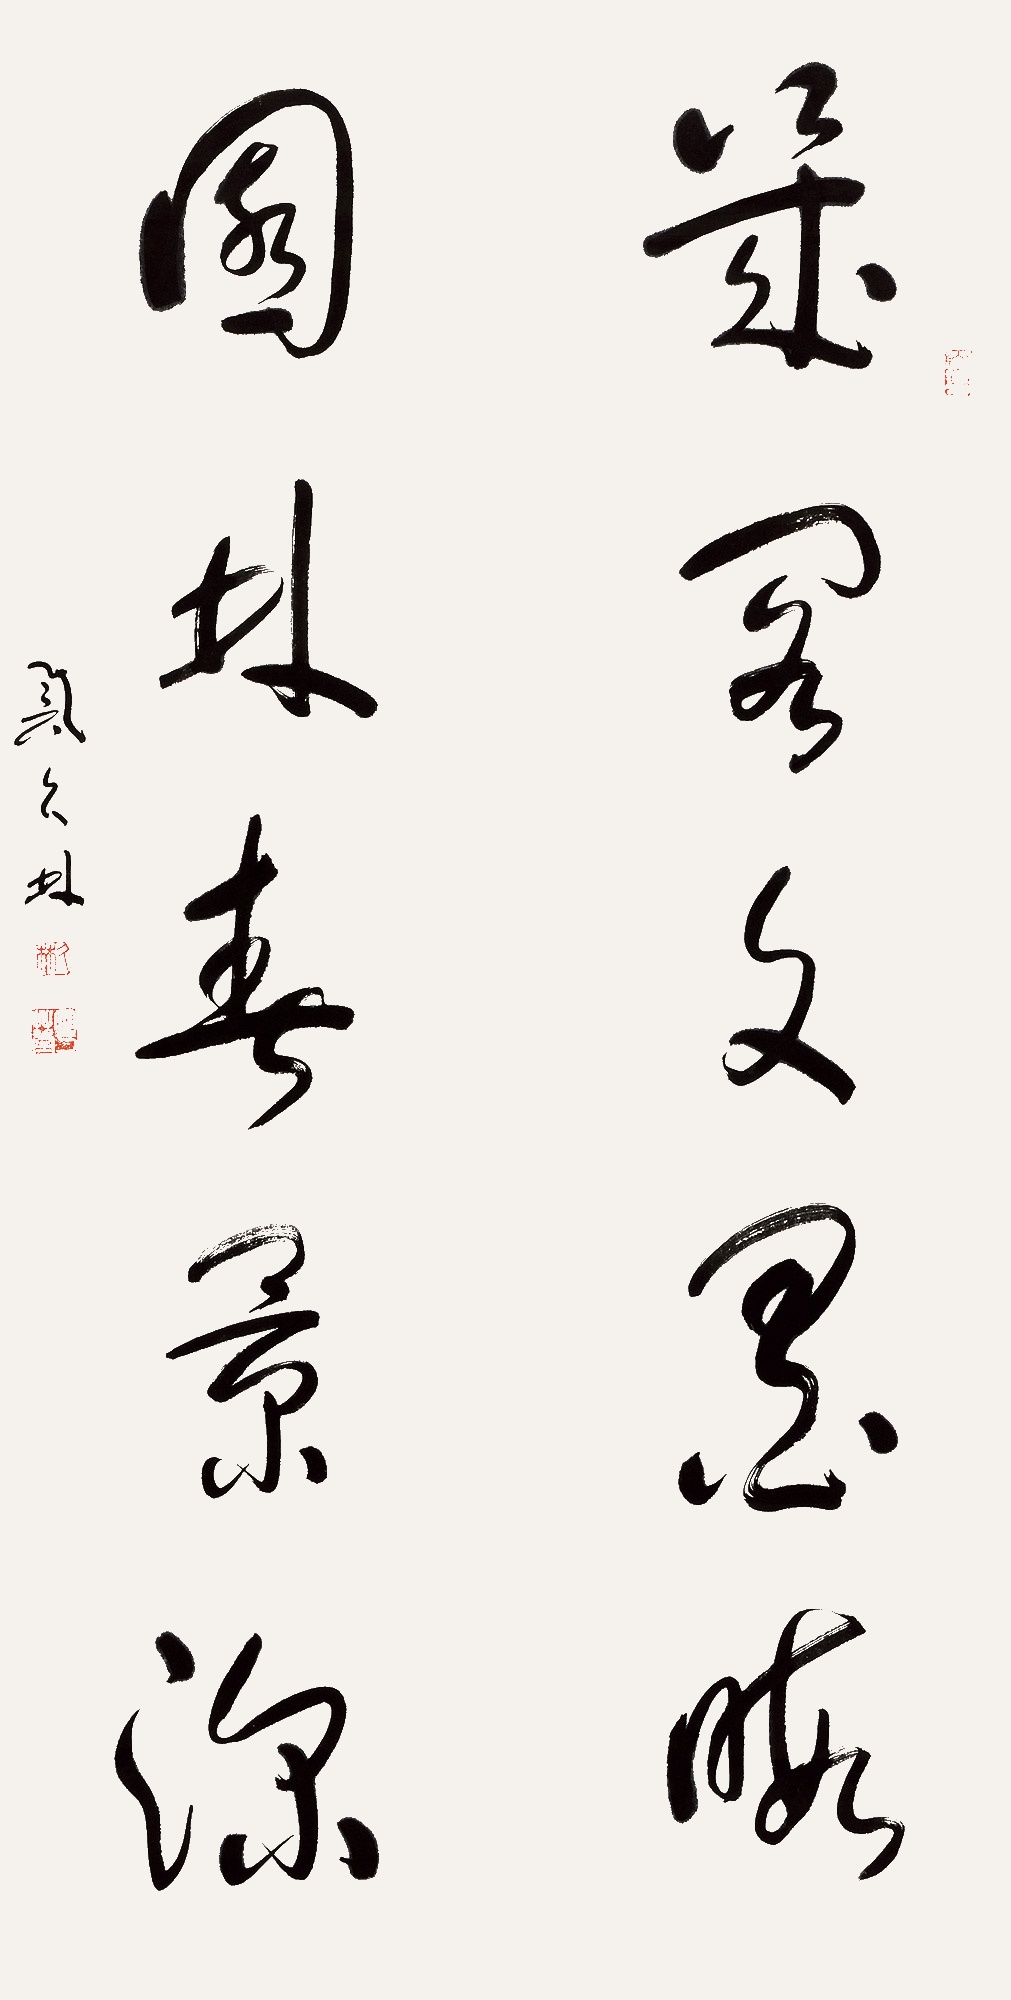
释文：几阁文墨晦，园林春景深。戴久林。